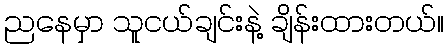
ညနေမှာ သူငယ်ချင်းနဲ့ ချိန်းထားတယ်။